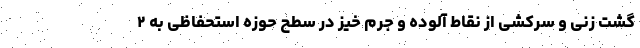
گشت زنی و سرکشی از نقاط آلوده و جرم خیز در سطح حوزه استحفاظی به ۲